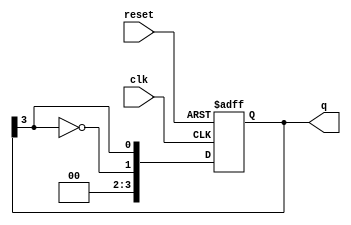
module johnson_counter #(
    parameter N = 4  // Number of flip-flops
)(
    input wire clk,     // Clock signal
    input wire reset,   // Asynchronous reset signal
    output reg [N-1:0] q // Output state of the counter
);

    // Asynchronous reset and state transition
    always @(posedge clk or posedge reset) begin
        if (reset) begin
            q <= 0; // Initialize all flip-flops to 0
        end else begin
            // Shift operation with feedback
            q <= {~q[N-1], q[N-1:N-1]}; // Shift left and feed inverted last bit
        end
    end

endmodule